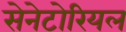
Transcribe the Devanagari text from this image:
सेनेटोरियल